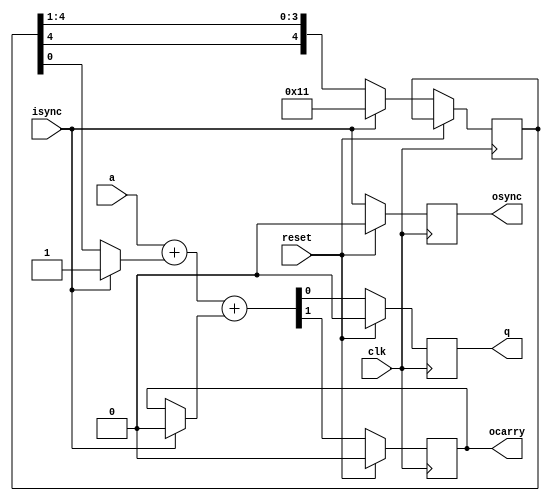
module bsaddthree(
	     input  reset,
	     input  clk,
	     input  a,
	     output q,
	     input  isync,
	     output osync,
	     output ocarry
	     );

   reg		    carry;
   reg		    qreg;
   reg		    sync;   
   wire		    newcarry;
   wire		    newqreg;

   reg [4:0]	    breg;

   always @(posedge clk)
     begin
	if (reset)
	  begin
	     carry <= 1'b0;
	     qreg <= 1'b0;
	     sync <= 1'b0;
	  end
	else
	  begin
	     carry <= newcarry;
	     qreg  <= newqreg;
	     sync  <= isync;
	     breg  <= isync ? 5'b10001 : {breg[4], breg[4:1]};
	  end
     end

   // this dedicated expression adds -3 (0b..11100011) to the bitserial input
   assign {newcarry, newqreg} = a + (isync ? 1'b1 : breg[0]) + (isync ? 1'b0 : carry);
   assign q = qreg;
   assign osync = sync;
   assign ocarry = carry;
   
endmodule